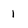
Character: 1